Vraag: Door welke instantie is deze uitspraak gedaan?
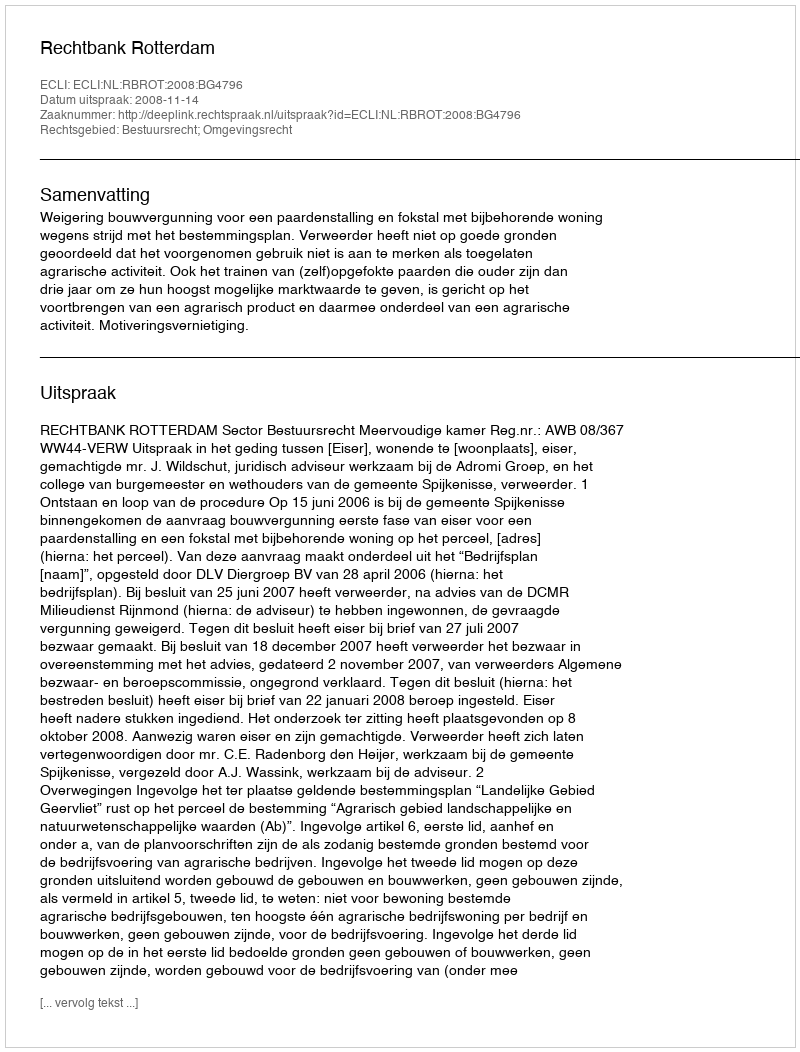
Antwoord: Rechtbank Rotterdam